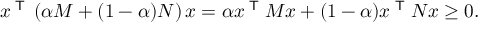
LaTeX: x ^ { \textsf { T } } \left( \alpha M + ( 1 - \alpha ) N \right) x = \alpha x ^ { \textsf { T } } M x + ( 1 - \alpha ) x ^ { \textsf { T } } N x \geq 0 .